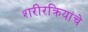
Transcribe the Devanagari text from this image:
शरीरक्रियांचे